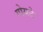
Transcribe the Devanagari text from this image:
गोयटे